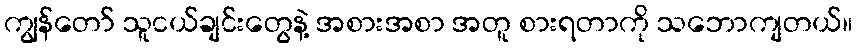
ကျွန်တော် သူငယ်ချင်းတွေနဲ့ အစားအစာ အတူ စားရတာကို သဘောကျတယ်။